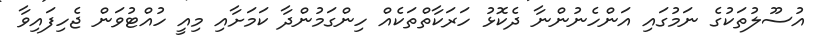
އުސޫލުތަކުގެ ނަމުގައި އަންހެނުންނާ ދެކޮޅު ހަރަކާތްތަކެއް ހިންގަމުންދާ ކަމަށާއި މިއީ ހުއްޓުވަން ޖެހިފައިވާ